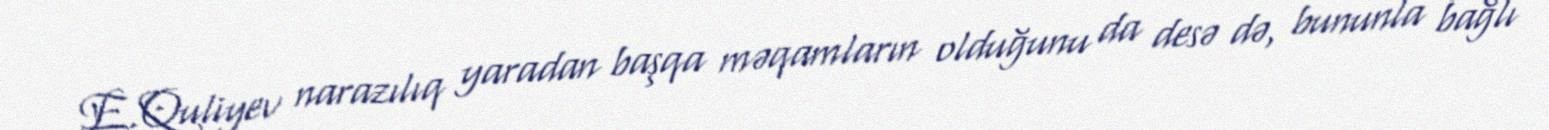
E.Quliyev narazılıq yaradan başqa məqamların olduğunu da desə də, bununla bağlı